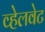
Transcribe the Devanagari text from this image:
व्हेलवेट